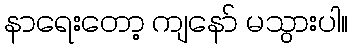
နာရေးတော့ ကျနော် မသွားပါ။